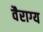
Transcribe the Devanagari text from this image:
वैराग्‍य